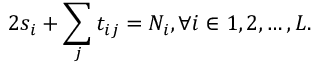
2 s _ { i } + \sum _ { j } t _ { i j } = N _ { i } , \forall i \in { 1 , 2 , \ldots , L } .